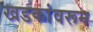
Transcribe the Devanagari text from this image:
खडकांवरून